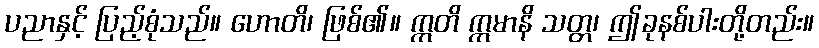
ပညာနှင့် ပြည့်စုံသည်။ ဟောတိ၊ ဖြစ်၏။ ဣတိ ဣမာနိ သတ္တ၊ ဤခုနစ်ပါးတို့တည်း။